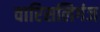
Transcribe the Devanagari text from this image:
वारिसलिगंज